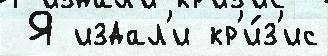
 Я издал'и кр'и́з'ис